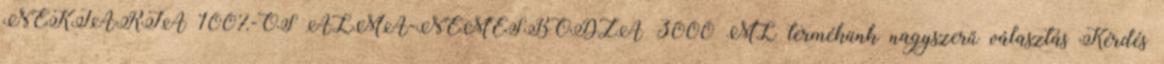
NEKTÁRIA 100%-OS ALMA-NEMESBODZA 3000 ML termékünk nagyszerű választás Kérdés